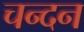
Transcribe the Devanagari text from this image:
चन्‍दन